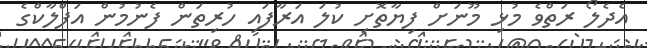
އެދެލޯ ރަތްވެ މުޅި މޫނަށް ފިޔާތޮށި ކުލަ އަރާފައި ހުރިތަން ފެނުމުން އަފްލާކްގެ